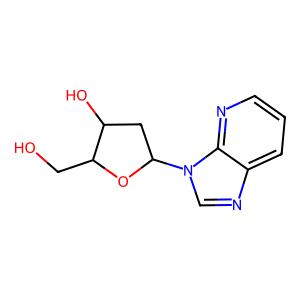
SMILES: OCC1OC(n2cnc3cccnc32)CC1O
Inhibits HIV replication: No